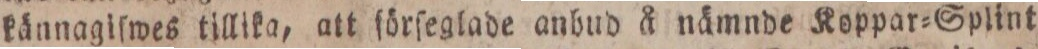
kännaglſwes tillika, att förſeglade anbud å nämnde Koppar=Splint